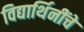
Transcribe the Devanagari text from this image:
विद्यार्थिनींचे